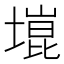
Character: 𫮞